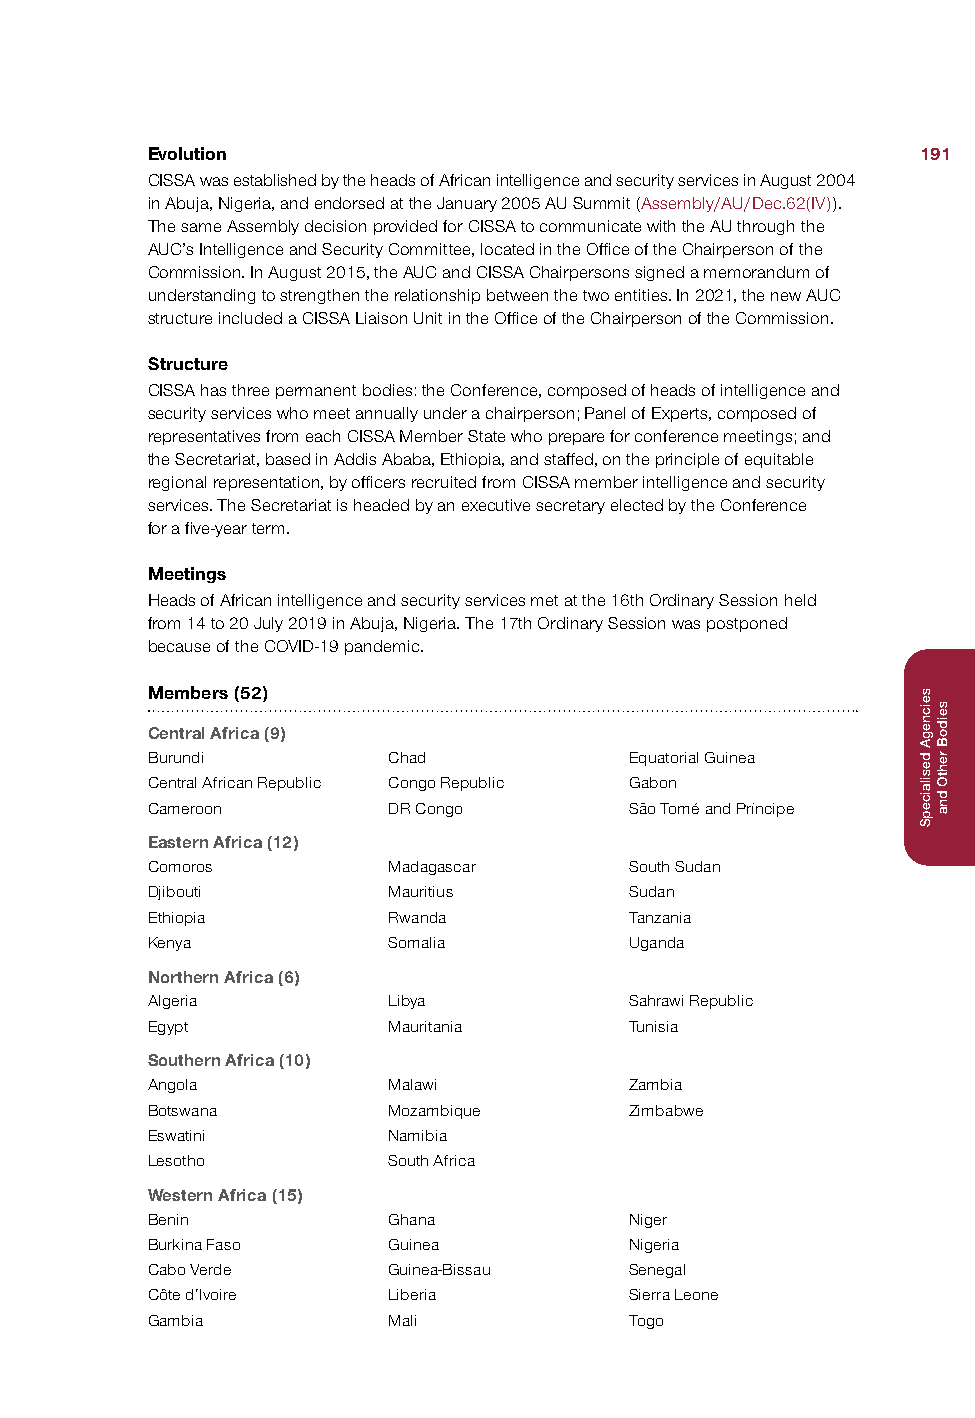
Evolution                                          191
 CISSA was established by the heads of African intelligence and security services in August 2004
 in Abuja, Nigeria, and endorsed at the January 2005 AU Summit (Assembly/AU/Dec.62(IV)).
 The same Assembly decision provided for CISSA to communicate with the AU through the
 AUC’s Intelligence and Security Committee, located in the Office of the Chairperson of the
 Commission. In August 2015, the AUC and CISSA Chairpersons signed a memorandum of
 understanding to strengthen the relationship between the two entities. In 2021, the new AUC
 structure included a CISSA Liaison Unit in the Office of the Chairperson of the Commission.
 Structure
 CISSA has three permanent bodies: the Conference, composed of heads of intelligence and
 security services who meet annually under a chairperson; Panel of Experts, composed of
 representatives from each CISSA Member State who prepare for conference meetings; and
 the Secretariat, based in Addis Ababa, Ethiopia, and staffed, on the principle of equitable
 regional representation, by officers recruited from CISSA member intelligence and security
 services. The Secretariat is headed by an executive secretary elected by the Conference
 for a five-year term.
 Meetings
 Heads of African intelligence and security services met at the 16th Ordinary Session held
 from 14 to 20 July 2019 in Abuja, Nigeria. The 17th Ordinary Session was postponed
 because of the COVID-19 pandemic.
 Members (52)
 Central Africa (9)
 Burundi         Chad            Equatorial Guinea
 Central African Republic Congo Republic Gabon
 Cameroon        DR Congo        São Tomé and Príncipe
 Eastern Africa (12)
 Comoros         Madagascar      South Sudan
 Djibouti        Mauritius       Sudan
 Ethiopia        Rwanda          Tanzania
 Kenya           Somalia         Uganda
 Northern Africa (6)
 Algeria         Libya           Sahrawi Republic
 Egypt           Mauritania      Tunisia
 Southern Africa (10)
 Angola          Malawi          Zambia
 Botswana        Mozambique      Zimbabwe
 Eswatini        Namibia
 Lesotho         South Africa
 Western Africa (15)
 Benin           Ghana           Niger
 Burkina Faso    Guinea          Nigeria
 Cabo Verde      Guinea-Bissau   Senegal
 Côte d’Ivoire   Liberia         Sierra Leone
 Gambia          Mali            Togo
 seicnegA
 desilaicepS
 seidoB
 rehtO
 dna